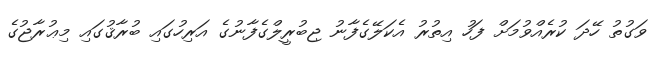
ވަގުތު ހޭދަ ކުރެއްވުމަށް ފަހު އިތުރު އެކަލޭގެފާނު ޖިބުރީލްގެފާނުގެ އަރިހުގައި ބުރާޤުގައި މިޢުރާޖުގެ